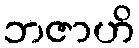
ဘဇာဟိ